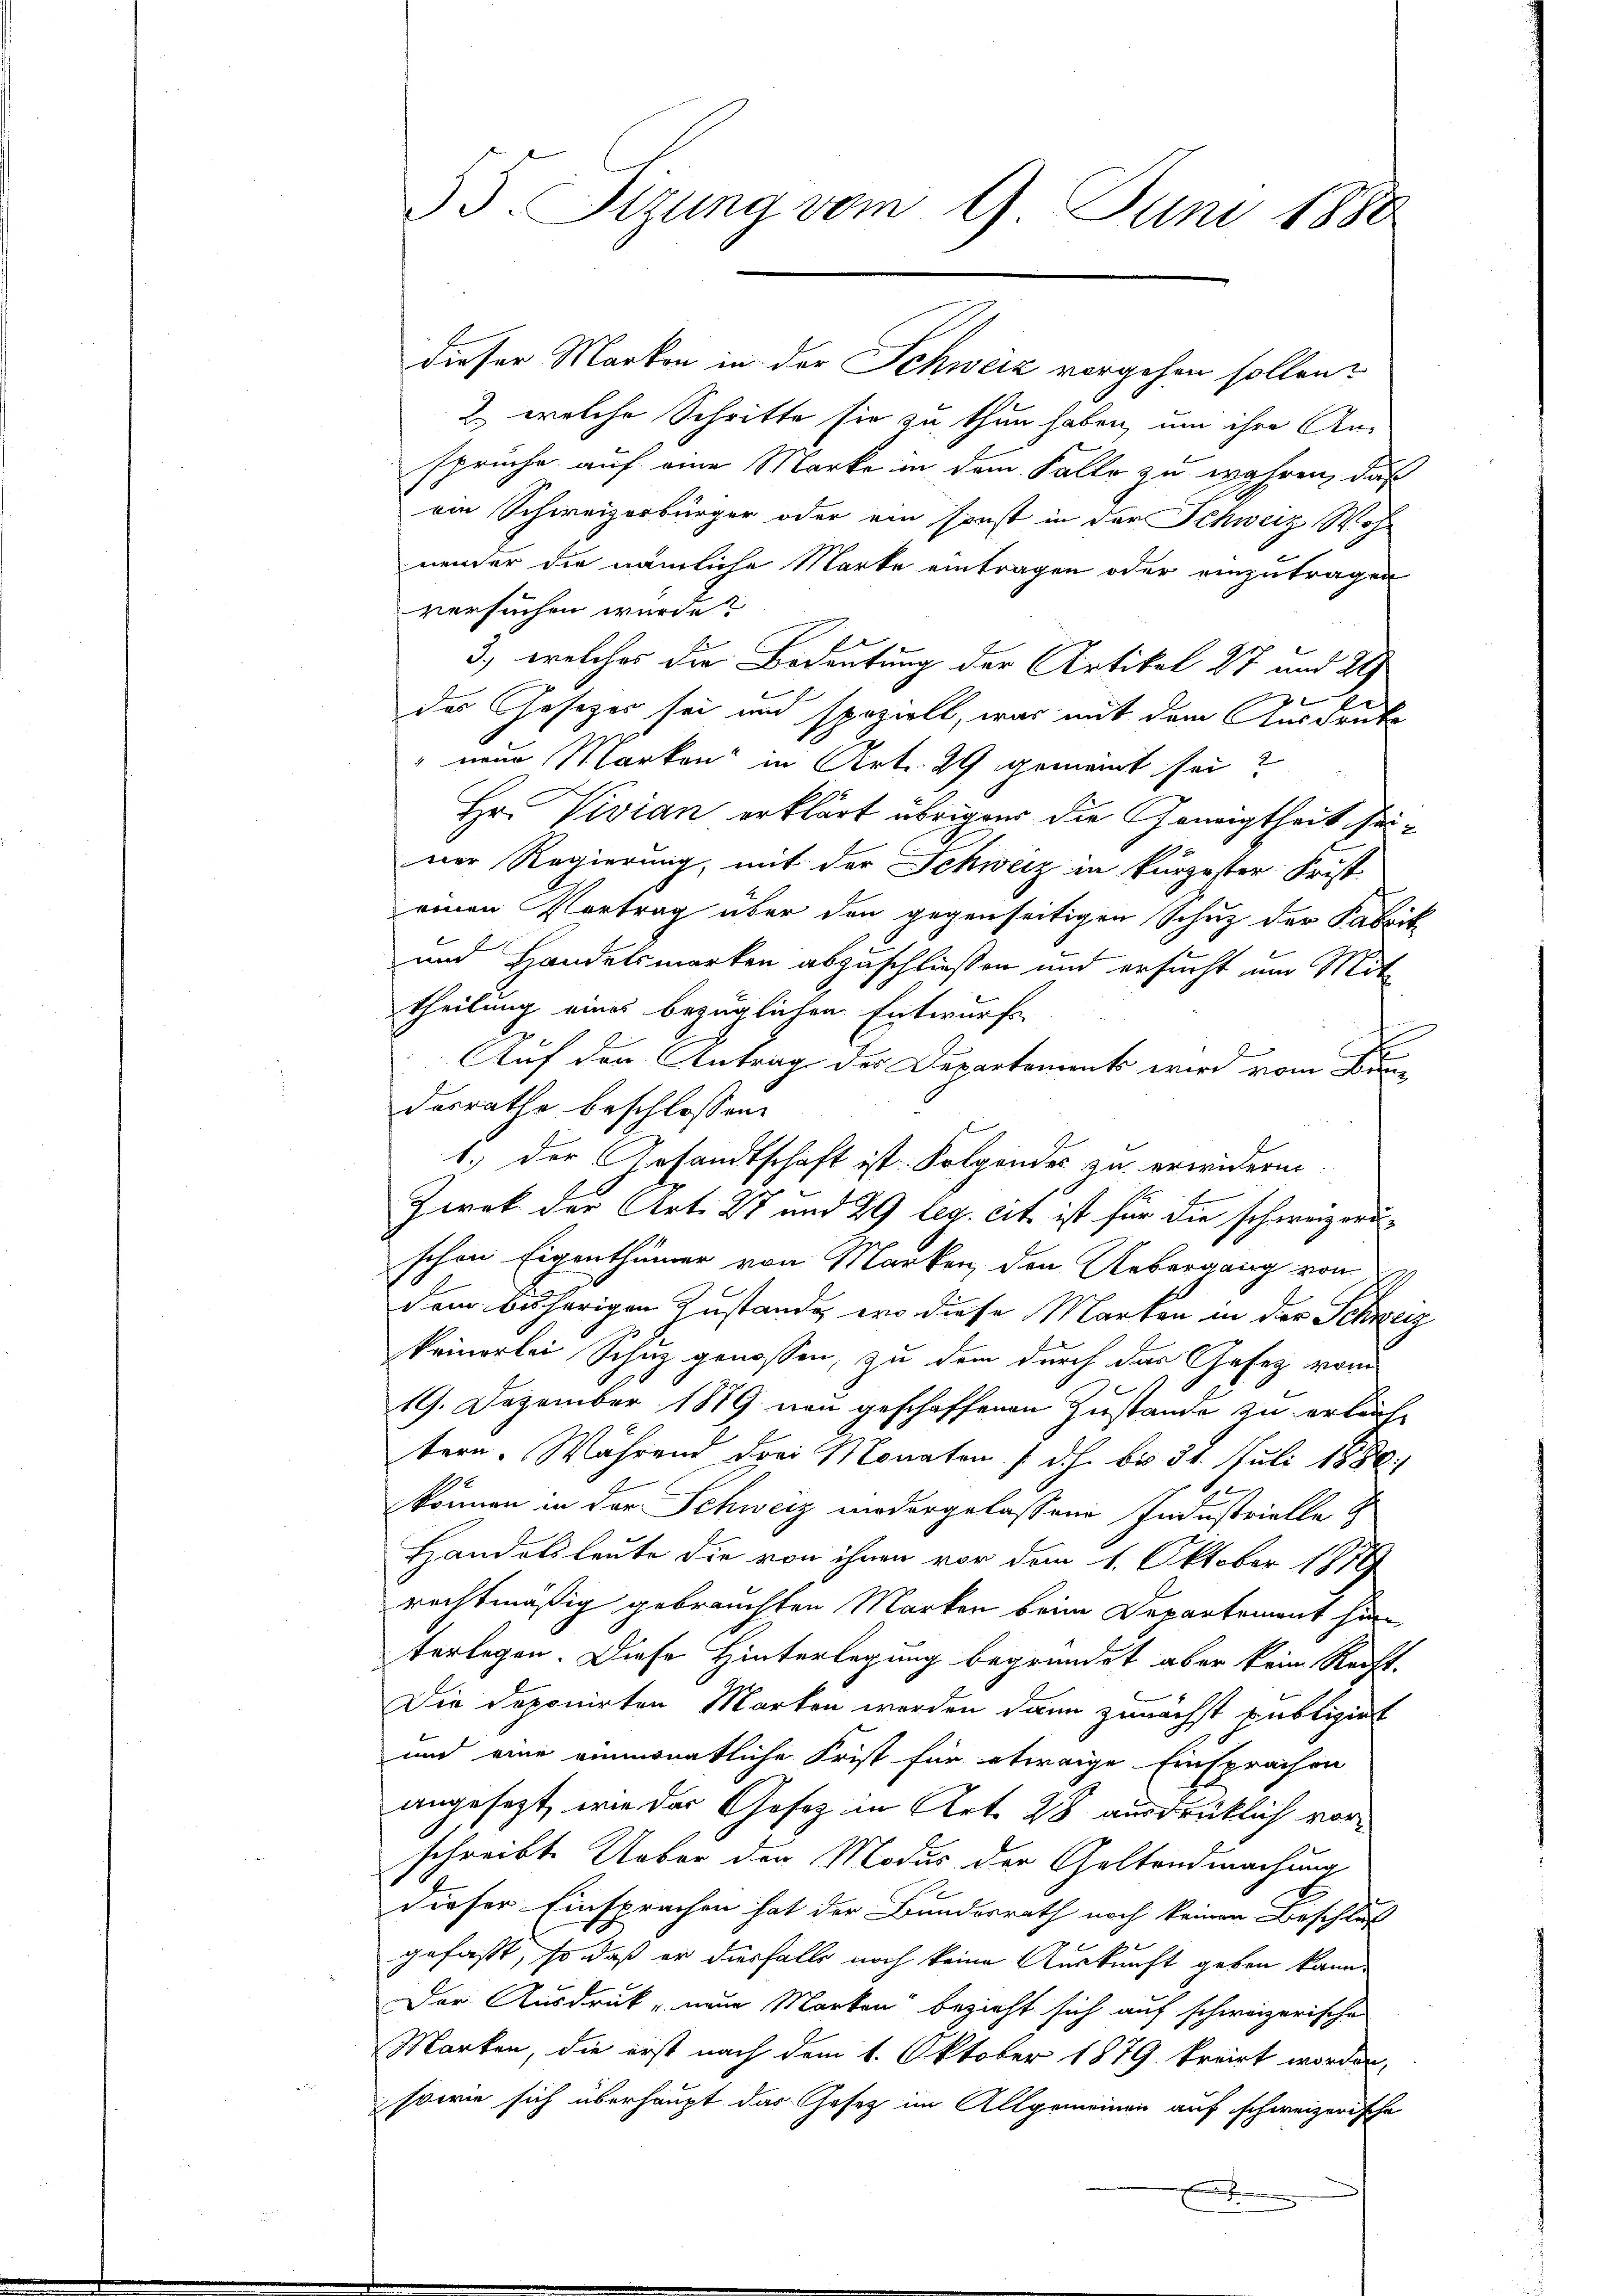
55. Sizung vom 9. Juni 1880

dieser Marken in der Schweiz vorgehen sollen.
2., welche Schritte sie zu thun haben, um ihre An-
spruche auf eine Marke in dem Falle zu wahren, daß
ein Schweizerbürger oder ein sonst in der Schweiz Wohnender die nämliche Marke eintragen oder einzutragen
versuchen wurde?
3., welches die Bedeutung der Artikel 27 und 29
das Gesetzes sei und spezielt, was mit dem Ausdrucke
" neue Marken in Art. 29 gemeint sei?
Hr. Vivian erklärt übrigen die Geneigtheit seiner Regierung, mit der Schweiz in kurzester Frist
einen Vertrag über den gegenseitigen Schuz der Fabrik
und Handelsmarken abzuschließen und ersucht um Mite
theilung eines bezüglichen Entwurfe
Auf den Antrag der Departement wird vom Bundesrathe beschlossen:
1.) Der Gesandtschaft ist. Folgendes zu erwidern.
Zwek der Art. 27 und 29 leg. cit. ist für die schweizeru
schon Eigenthümer von Marken den Uebergang von 4
dem bisherigen Zustande, wo diese Marken in der Schweiz
keinerlei Schuz genossen, zu dem durch der Gesetz vom
19. Dezember 1879 neu geschaffenen Zustande zu erleicht
tern. Während drei Monaten (d. h. bis 31. Juli 1880.
können in der Schweiz wiedergelassene Industrielle
Handelsleute die von ihnen vor dem 1. Oktober 1879
rechtmäßig gebrauchten Marken beim Departement hin,
terlegen. Diese Hinterlegung begründet aber kein Recht-
Die Deponirten Marken werden dann zunächst publizirt
und eine einmonatliche Frist für etwaige Einsprachen
angesagt, wie das Gesetz in Art. 28 ausdrüklich vorschreibt. Ueber den Modus der Geltendmachung
dieser Einsprachen hat der Bundesrath noch keinen Beschluß
gefaßt, so daß er diesfalls noch keine Auskunft geben kann.
Der Ausdruck neue Marken“ bezieht sich auf schweizerische
Marken, die erst nach dem 1. Oktober 1879. kreist worden,
sowie sich überhaupt das Gesetz im Allgemeinen auf schweizerische